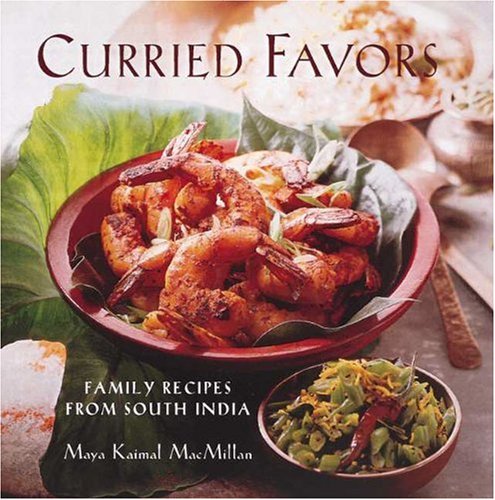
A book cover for Curried Favors: Family Recipes from South India; Maya Kaimal MacMillan; Cookbooks, Food & Wine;